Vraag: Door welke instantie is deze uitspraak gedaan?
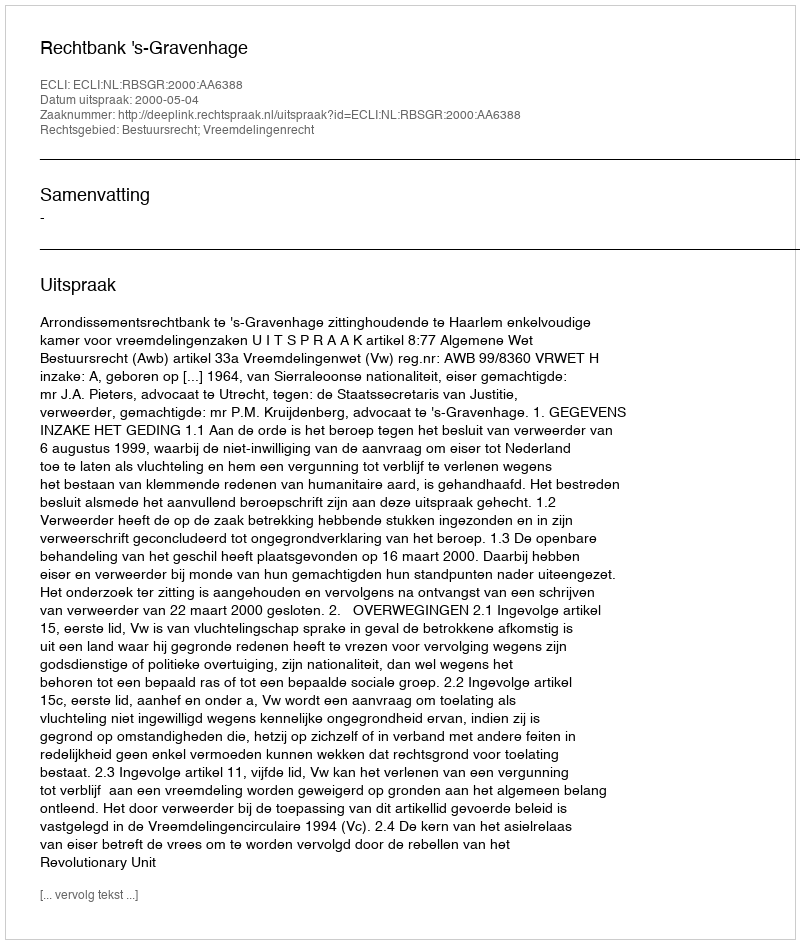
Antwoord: Rechtbank 's-Gravenhage